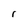
Character: r